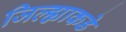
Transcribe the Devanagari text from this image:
जिल्ह्याकडे